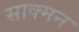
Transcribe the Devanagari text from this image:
साक्मन